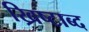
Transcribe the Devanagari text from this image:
ख्रिष्टाब्द